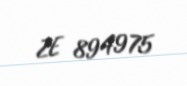
ZE 894975